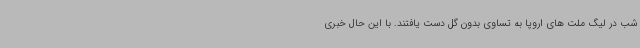
شب در لیگ ملت های اروپا به تساوی بدون گل دست یافتند. با این حال خبری